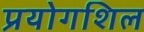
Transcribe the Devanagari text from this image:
प्रयोगशिल